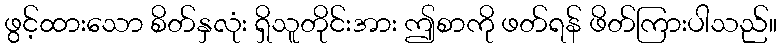
ဖွင့်ထားသော စိတ်နှလုံး ရှိသူတိုင်းအား ဤစာကို ဖတ်ရန် ဖိတ်ကြားပါသည်။